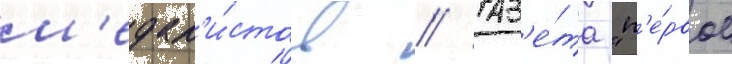
м'едал'и́стов // Газ'е́та "п'е́рвое